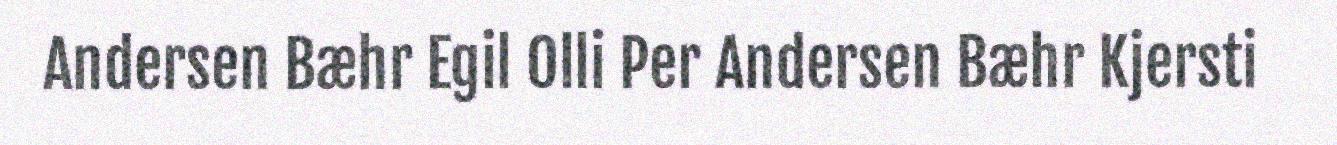
Andersen Bæhr Egil Olli Per Andersen Bæhr Kjersti